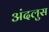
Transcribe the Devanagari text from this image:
अंदलुस